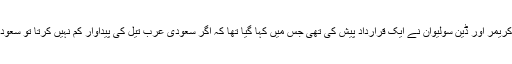
امریکی صدر کی جانب سے سعودی ولی عہد کو کی گئی کال سے ایک ہفتہ قبل ریپبلیکن سینیٹرز کیون کریمر اور ڈین سولیوان نے ایک قرارداد پیش کی تھی جس میں کہا گیا تھا کہ اگر سعودی عرب تیل کی پیداوار کم نہیں کرتا تو سعودی عرب میں موجود امریکی فوجی دستوں، پیٹریاٹ میزائل اور میزائل شکن دفاعی سسٹم کو ہٹا لیا جائے۔